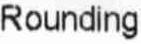
ROUNDING